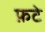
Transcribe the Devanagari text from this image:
फ़टे